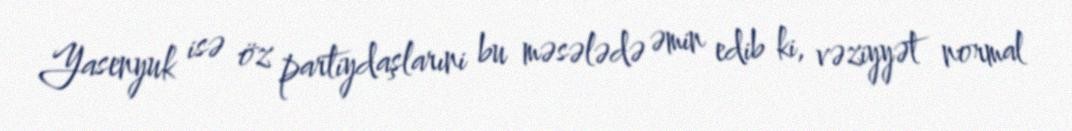
Yasenyuk isə öz partiydaşlarıni bu məsələdə əmin edib ki, vəziyyət normal